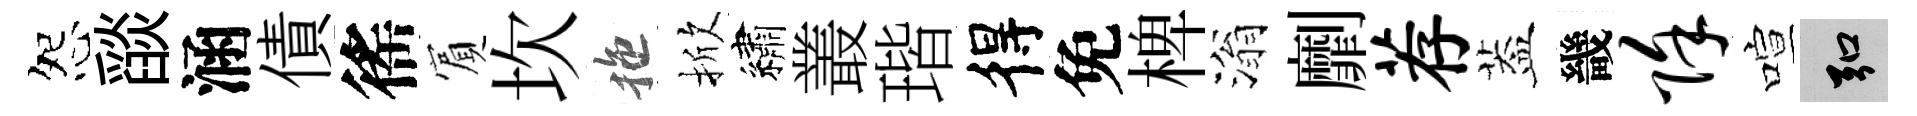
怨𦦨涵債徭賔坎拖掀繡叢瑎得免椑滃劘荐葢畿除喧弘